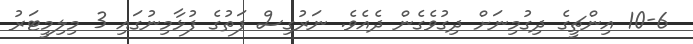
10-6 އިންޗީގެ ދިގުމިނަށް ދިގުވެގެން ދެއެވެ. ނަރުގިސް ފަތުގެ ފުޅާމިނުގައި 3 މިލިމީޓަރު